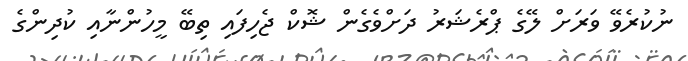
ނުކުރެވޭ ވަރަށް ލޭގެ ޕްރެޝަރު ދަށްވެގެން ޝޮކް ޖެހިފައި ތިބޭ މީހުންނާއި ކުދިންގެ